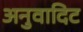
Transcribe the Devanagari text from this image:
अनुवादिट